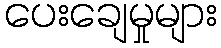
ပေးချေမှုများ